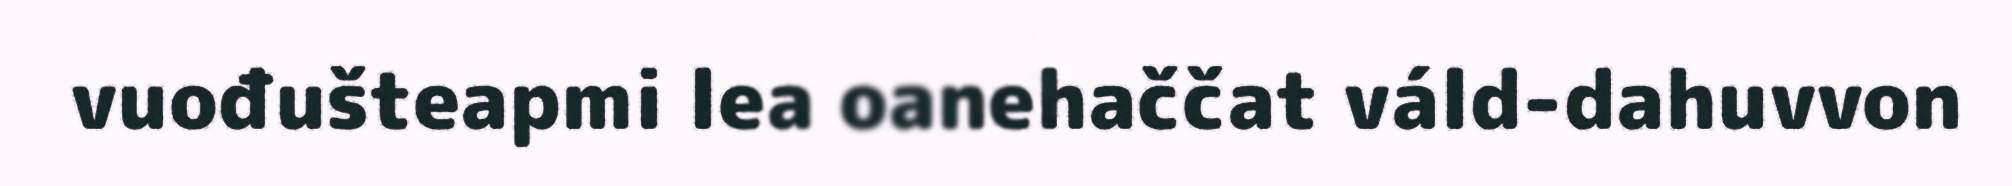
vuođušteapmi lea oanehaččat váld-dahuvvon